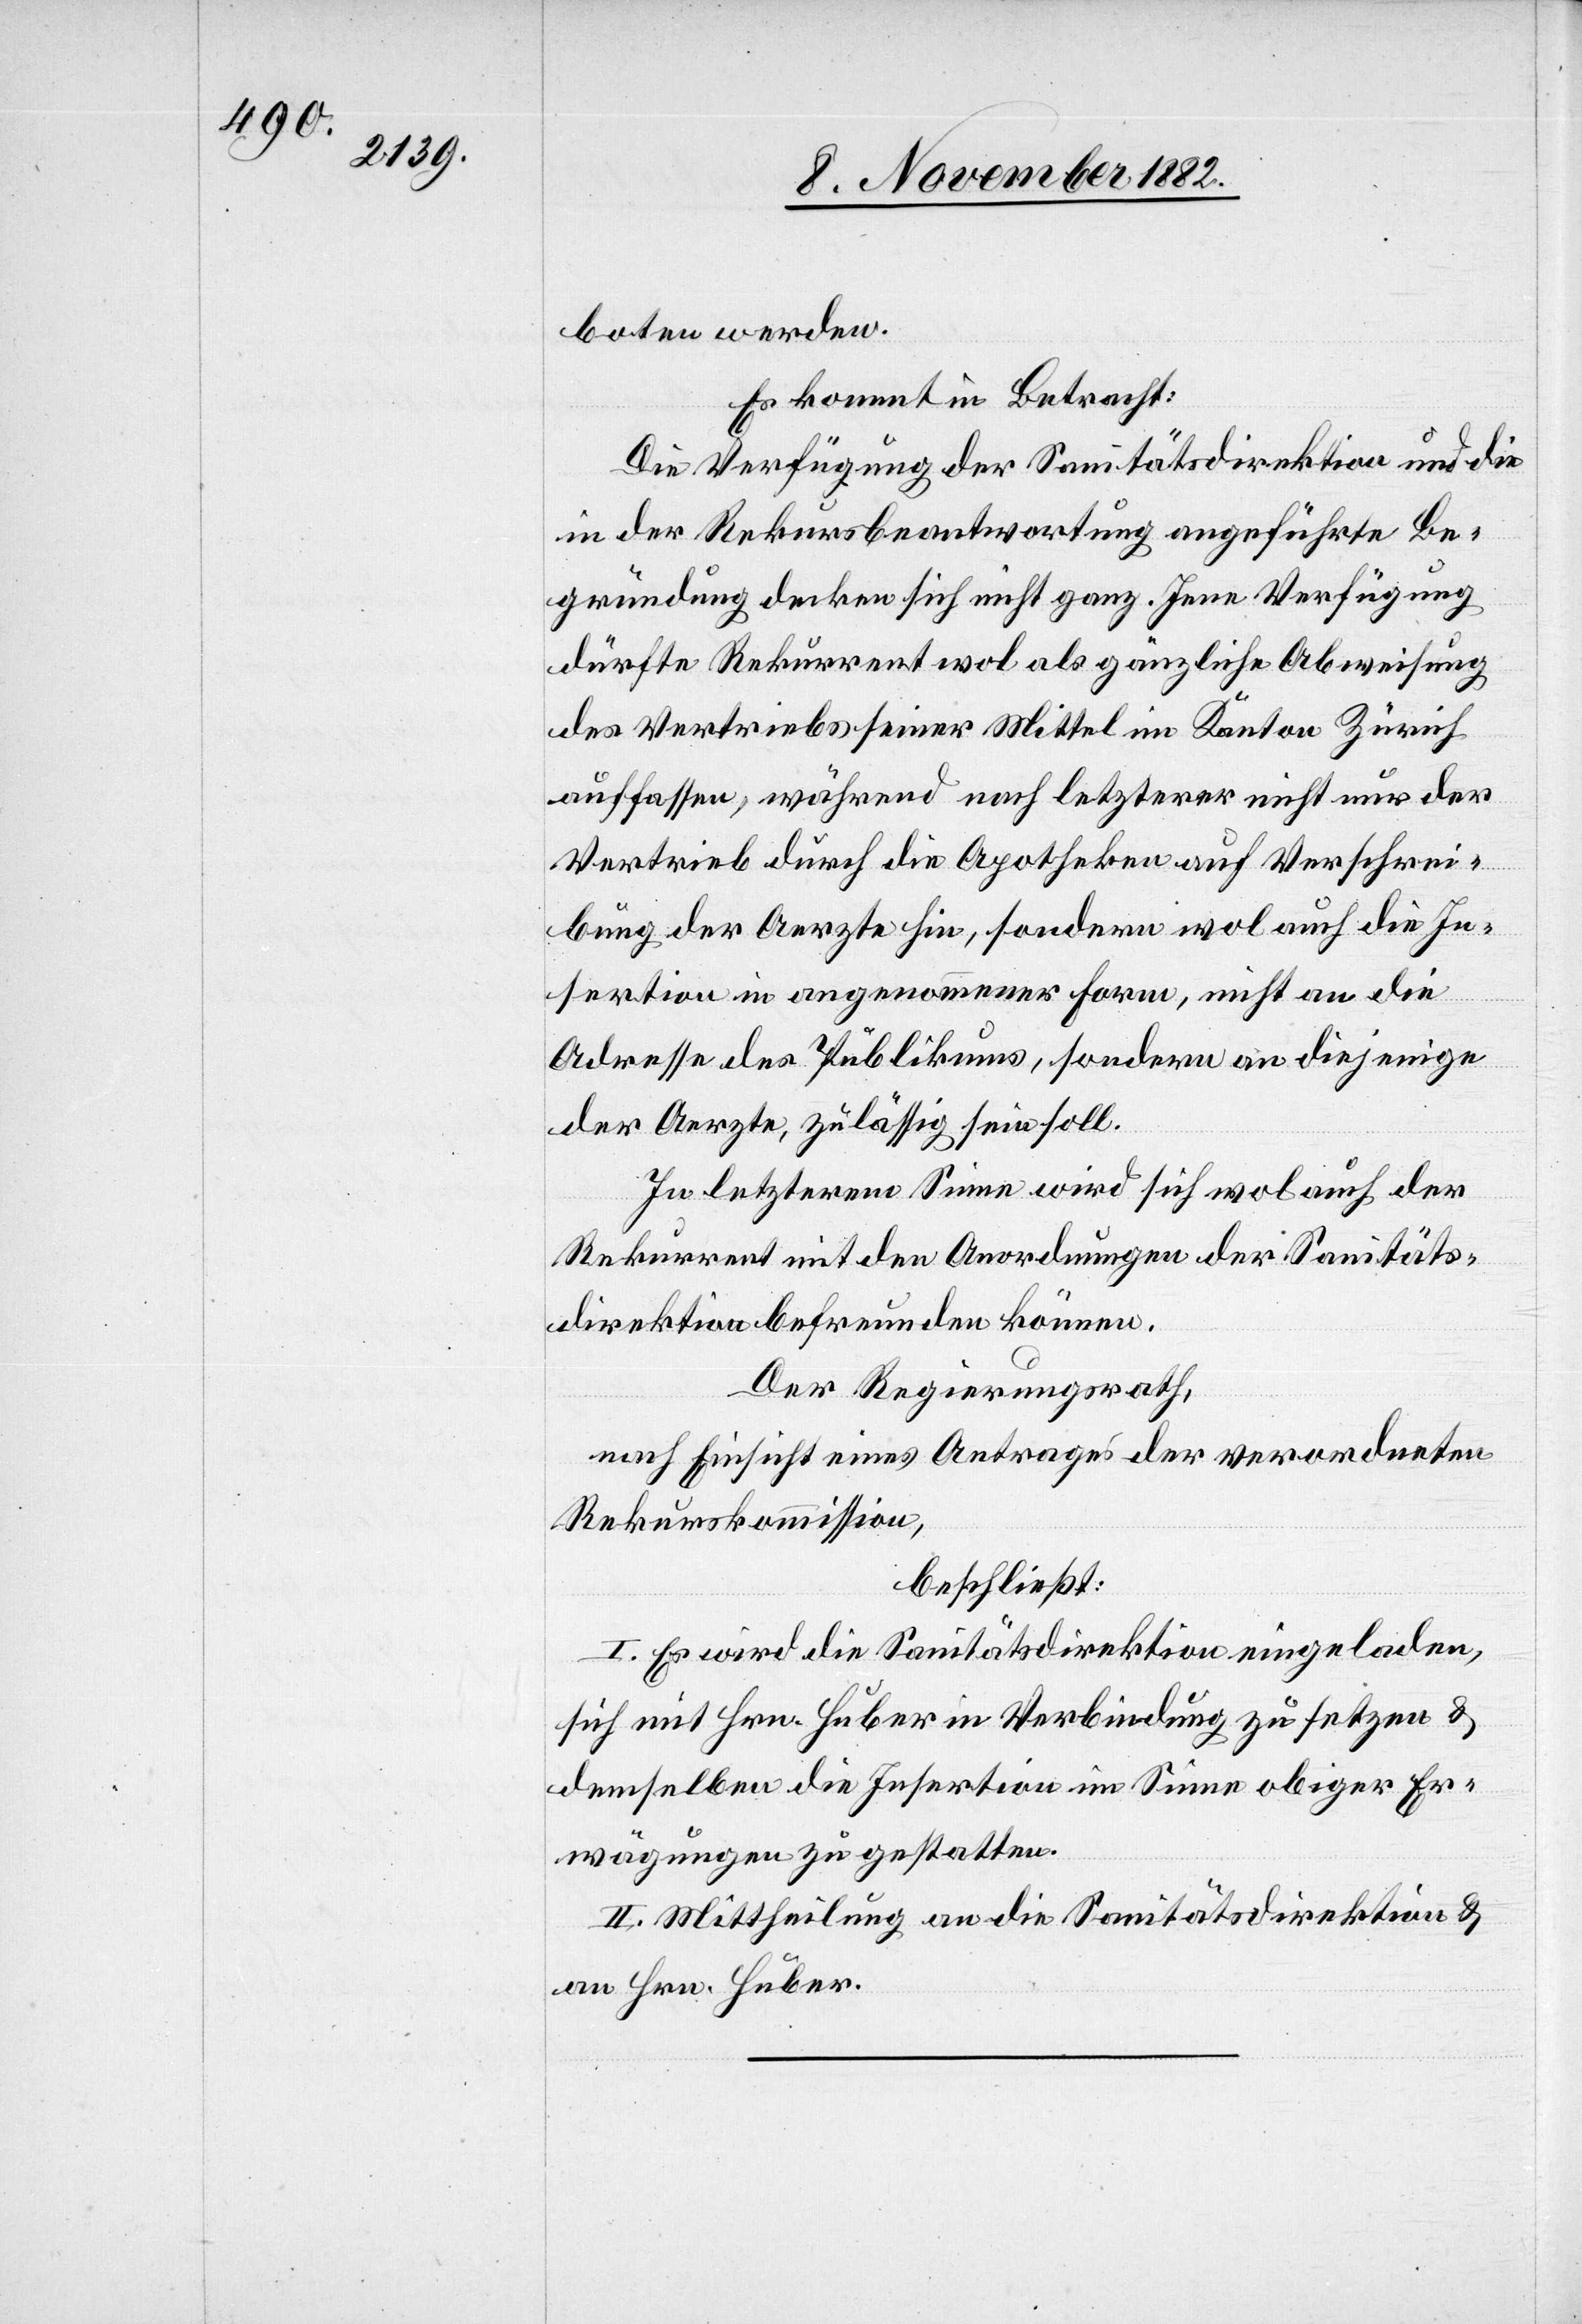
boten werden.
Es kommt in Betracht:
Die Verfügung der Sanitätsdirektion und die
in der Rekursbeantwortung angeführte Be¬
gründung decken sich nicht ganz. Jene Verfügung
dürfte Rekurrent wol als gänzliche Abweisung
des Vertriebes seiner Mittel im Kanton Zürich
auffassen, während nach letzterer nicht nur der
Vertrieb durch die Apotheken auf Verschrei¬
ben der Aerzte hin, sondern wol auch die In¬
sertion in angenommener Form, nicht an die
Adresse des Publikums, sondern an diejenige
der Aerzte, zulässig sein soll.
In letzterem Sinne wird sich wol auch der
Rekurrent mit den Anordnungen der Sanitäts¬
direktion befreunden können.
Der Regierungsrath.
nach Einsicht eines Antrages der verordneten
Rekurskommission,
beschließt:
I. Es wird die Sanitätsdirektion eingeladen,
sich mit Hrn. Huber in Verbindung zu setzen &
demselben die Insertion im Sinne obiger Er¬
wägungen zu gestatten.
II. Mittheilung an die Sanitätsdirektion &
an Hrn. Huber.